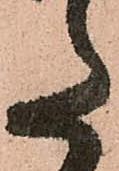
た